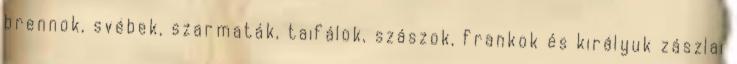
brennok, svébek, szarmaták, taifálok, szászok, frankok és királyuk zászlai